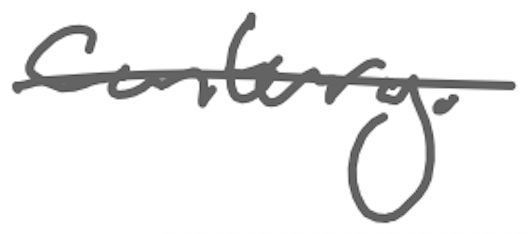
Text: century.
Cross-out: single-line
Writing tool: digital_gray